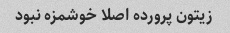
زیتون پرورده اصلا خوشمزه نبود